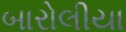
બારોલીયા